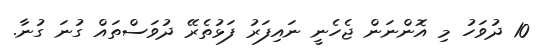
10 ދުވަހު މި އޮންނަން ޖެހެނީ ނައިފަރު ފަޅުތެރޭ ދުވަސްތައް ގުނަ ގުނާ.